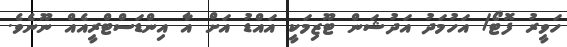
ހަވީރު ފޮޓޯ/ އަހުމަދު އަދުޝަން ޓޫޒިމަކީ އައްޑު އަށް އާ އިންޑަސްޓްރީއެއް ނޫނެވެ.